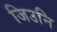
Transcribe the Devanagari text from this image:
जिउनि